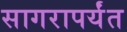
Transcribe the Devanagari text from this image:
सागरापर्यंत